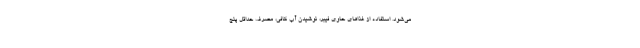
می‌شود. استفاده از غذاهای حاوی فیبر، نوشیدن آب کافی، مصرف حداقل پنج